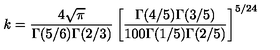
k = \frac { 4 \sqrt { \pi } } { \Gamma ( 5 / 6 ) \Gamma ( 2 / 3 ) } \left[ \frac { \Gamma ( 4 / 5 ) \Gamma ( 3 / 5 ) } { 1 0 0 \Gamma ( 1 / 5 ) \Gamma ( 2 / 5 ) } \right] ^ { 5 / 2 4 }